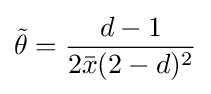
{\tilde {\theta }}={\frac {d-1}{2{\bar {x}}(2-d)^{2}}}